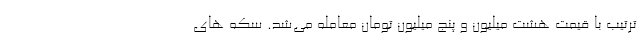
ترتیب با قیمت هشت میلیون و پنج میلیون تومان معامله می‌شد. سکه های